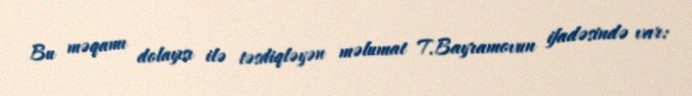
Bu məqamı dolayısı ilə təsdiqləyən məlumat T.Bayramovun ifadəsində var: